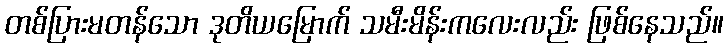
တစ်ပြားမတန်သော ဒုတိယမြောက် သမီးမိန်းကလေးလည်း ဖြစ်နေသည်။